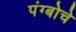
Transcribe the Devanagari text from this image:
पंग्बोचे